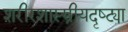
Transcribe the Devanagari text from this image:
शरीरशास्स्त्रीयदृष्ट्या